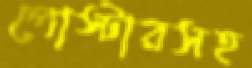
পোস্টারসহ